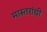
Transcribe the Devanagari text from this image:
मास्तरांची